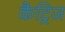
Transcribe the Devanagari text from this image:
कैट्रिज